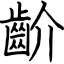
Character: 齘